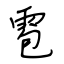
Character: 雹